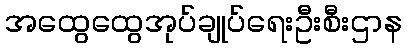
အထွေထွေအုပ်ချုပ်ရေးဦးစီးဌာန